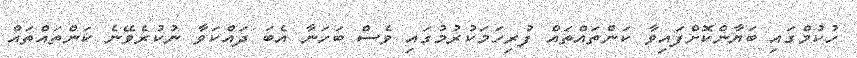
ހުކުމްގައި ބަޔާންކޮށްފައިވާ ކަންތައްތައް ފުރިހަމަކުރުމުގައި ވެސް ބަހަނާ އެބަ ދައްކަވާ ނުކުރެވޭނެ ކަންތައްތައް